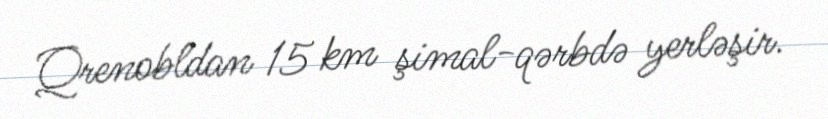
Qrenobldan 15 km şimal-qərbdə yerləşir.